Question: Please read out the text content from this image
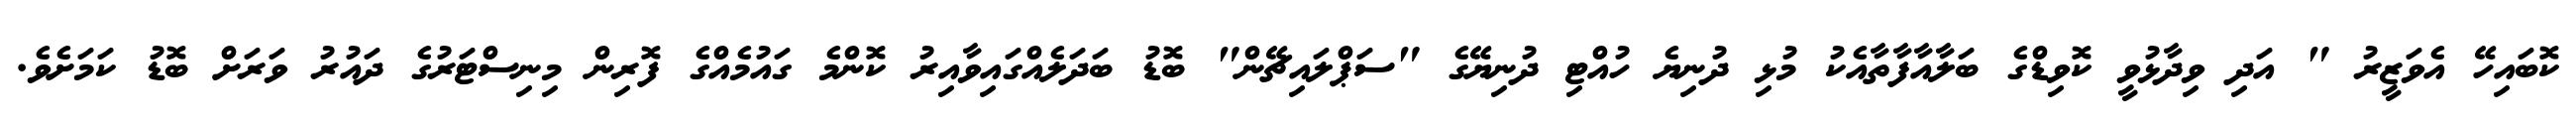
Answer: ކޮބައިހޭ އެވަޒީރު " އަދި ވިދާޅުވީ ކޮވިޑްގެ ބަލާއާފާތާއެކު މުޅި ދުނިޔެ ހުއްޓި ދުނިޔޭގެ "ސަޕްލައިޗޭން" ބޮޑު ބަދަލެއްގައިވާއިރު ކޮންމެ ގައުމެއްގެ ފޮރިން މިނިސްޓަރުގެ ދައުރު ވަރަށް ބޮޑު ކަމަށެވެ.